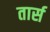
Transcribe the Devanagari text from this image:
तार्स